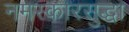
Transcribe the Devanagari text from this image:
नमस्कारसुद्धा